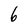
Character: 6